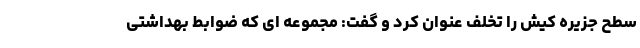
سطح جزیره کیش را تخلف عنوان کرد و گفت: مجموعه ای که ضوابط بهداشتی